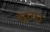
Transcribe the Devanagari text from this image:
वट्टतात